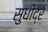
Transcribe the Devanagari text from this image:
सुधींद्र